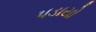
પડાયો